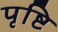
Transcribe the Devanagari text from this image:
पृष्टि